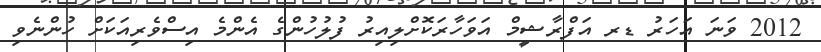
2012 ވަނަ އަހަރު ޑރ އަފްރާޝީމް އަވަހާރަކޮށްލިއިރު ފުލުހުންގެ އެންމެ އިސްވެރިއަކަށް ހުންނެވި